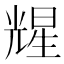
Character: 𪞃